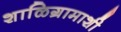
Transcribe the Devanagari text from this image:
शाळिग्रामाशी